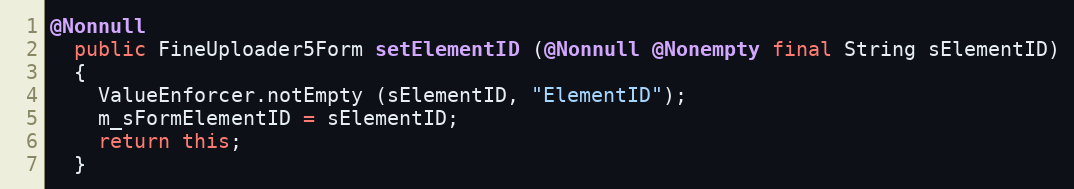
Language: Java
@Nonnull
  public FineUploader5Form setElementID (@Nonnull @Nonempty final String sElementID)
  {
    ValueEnforcer.notEmpty (sElementID, "ElementID");
    m_sFormElementID = sElementID;
    return this;
  }